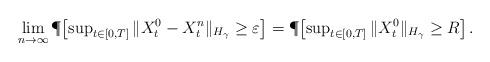
LaTeX: \begin{align*}\lim_{n\to \infty}\P \!\left[ \sup\nolimits_{t\in [0,T]} \| X_t^0 - X_t^{n} \|_{H_\gamma} \geq \varepsilon \right ]=\P\!\left[ \sup\nolimits_{t\in [0,T]} \|X_t^0 \|_{H_\gamma} \geq R \right].\end{align*}